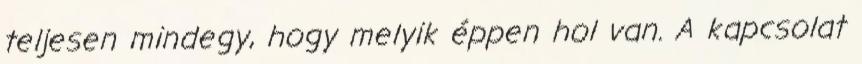
teljesen mindegy, hogy melyik éppen hol van. A kapcsolat